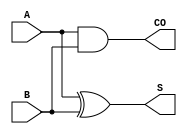
`timescale 1ps/1ps

module HA (A, B, CO, S);
  input A;
  input B;
  output CO;
  output S;

  and(CO, A, B);
  xor(S, A, B);



endmodule